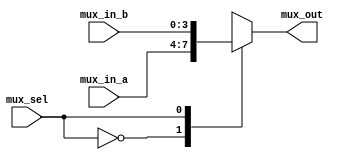
module Mux2_1
(
input [3:0]mux_in_a,
input [3:0]mux_in_b,
input mux_sel,
output reg[3:0]mux_out
);
always@(mux_in_a,mux_in_b,mux_sel)

begin

case(mux_sel)
1'b0 : mux_out=mux_in_a;
1'b1 : mux_out=mux_in_b;
default: mux_out=4'b0000;
endcase

end

endmodule